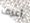
أعرف